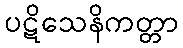
ပဋိသေနိကတ္တာ